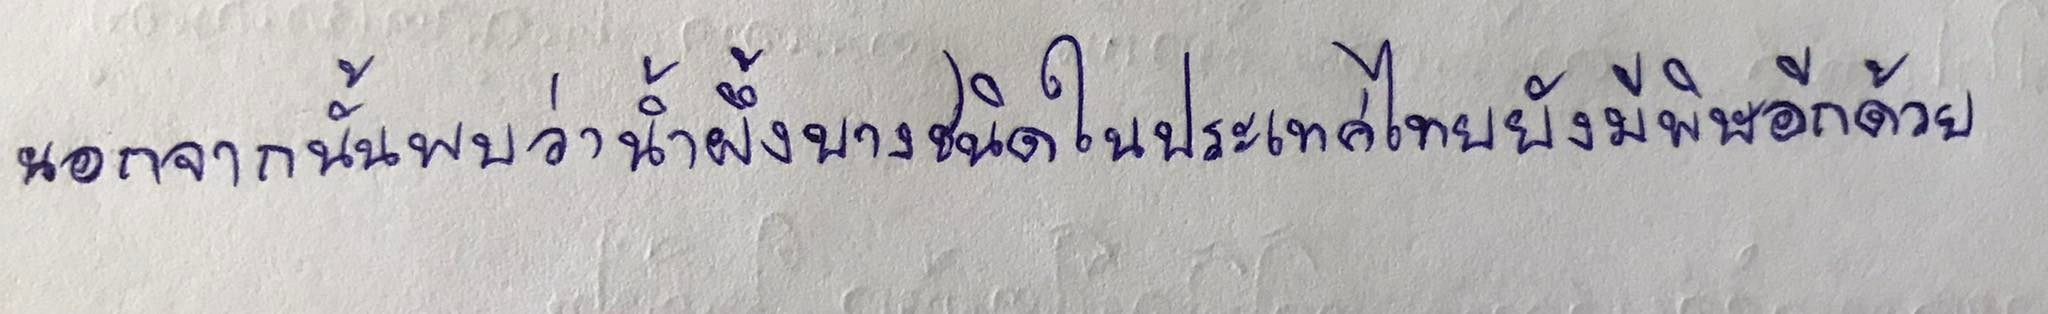
นอกจากนั้นพบว่าน้ำผึ้งบางชนิดในประเทศไทยยังมีพิษอีกด้วย